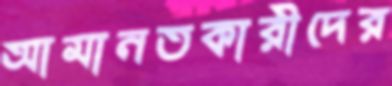
আমানতকারীদের